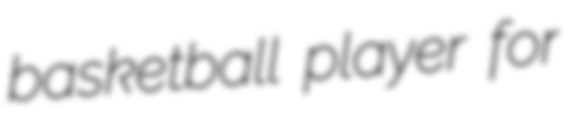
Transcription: basketball player for